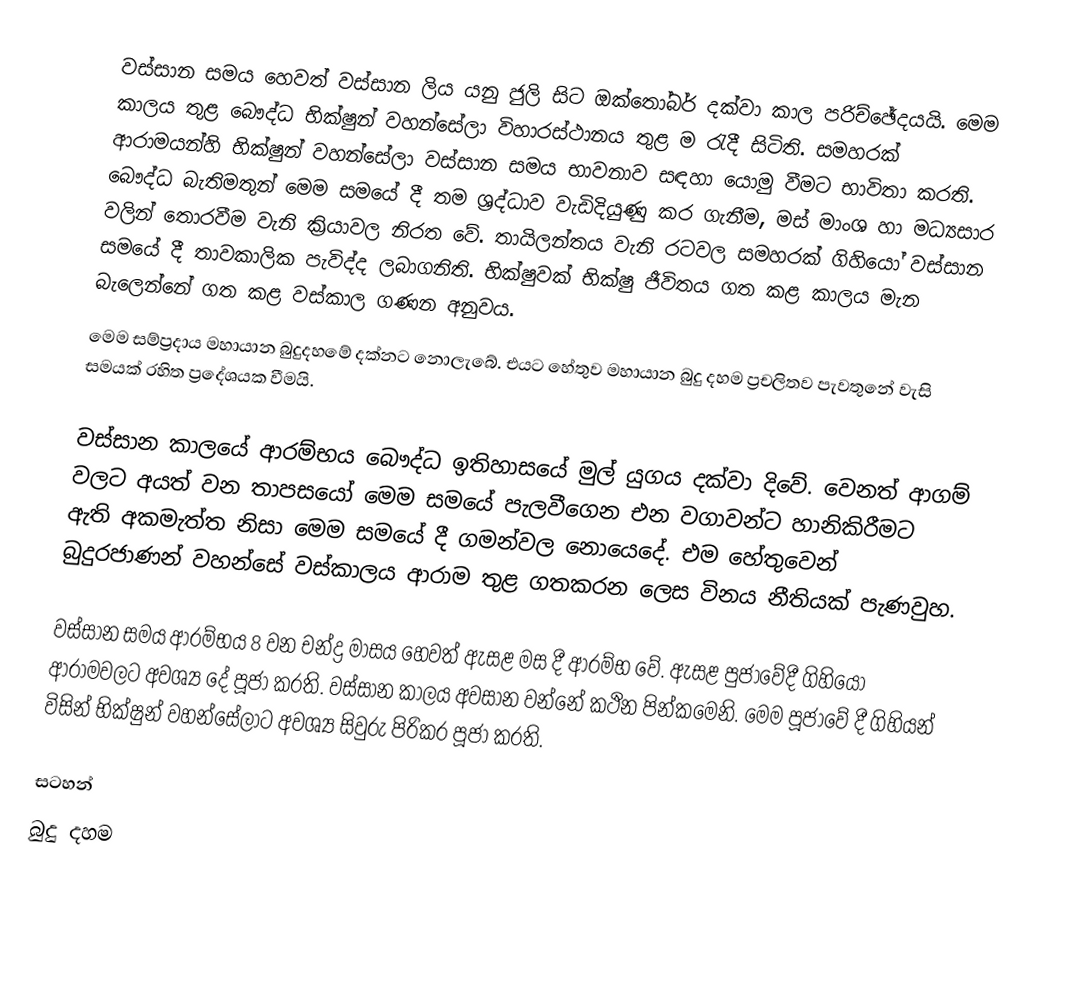
වස්සාන සමය හෙවත් වස්සාන ලිය යනු ජුලි සිට ඔක්තෝබර් දක්වා කාල පරිච්‍ඡේදයයි.  මෙම කාලය තුළ බෞද්ධ භික්ෂුන් වහන්සේලා විහාරස්ථානය තුළ ම රැදී සිටිති. සමහරක් ආරාමයන්හි භික්ෂුන් වහන්සේලා වස්සාන සමය භාවනාව සඳහා ‍යොමු වීමට භාවිතා කරති. බෞද්ධ බැතිමතුන් මෙම සමයේ දී  තම ශ්‍රද්ධාව වැඩිදියුණු  කර ගැනීම, මස් මාංශ හා මධ්‍යසාර වලින් තොරවීම වැනි ක්‍රියාවල නිරත වේ.  තායිලන්ත‍ය වැනි රටවල සමහරක් ගිහියෝ වස්සාන සමයේ දී තාවකාලික පැවිද්ද ලබාගනිති. භික්ෂුවක් භික්ෂු ජීවිතය ගත කළ කාලය මැන බැලෙන්නේ ගත කළ වස්කාල ගණන අනුවය.
මෙම සම්ප්‍රදාය  මහායාන බුදුදහමේ දක්නට නොලැබේ. එයට හේතුව මහායාන බුදු දහම ප්‍රචලිතව ‍පැවතුනේ වැසි සමයක් රහිත ප්‍රදේශයක වීමයි.

වස්සාන කාලයේ ආරම්භය බෞද්ධ ඉතිහාසයේ මුල් යුගය දක්වා දිවේ. වෙනත් ආගම් වලට අයත් වන තාපසයෝ මෙම සමයේ පැලවීගෙන එන වගාවන්ට හානිකිරීමට  ඇති අකමැත්ත නිසා මෙම සමයේ දී ගමන්වල නොයෙදේ. එම හේතුවෙන් බුදුරජාණන් වහන්සේ වස්කාලය ආරාම තුළ ගතකරන ලෙස විනය නීතියක් පැණවුහ.

වස්සාන  සමය ආරම්භය 8 වන චන්ද්‍ර මාසය හෙවත් ඇසළ මස දී ආරම්භ වේ. ඇසළ පුජාවේදී ගිහියෝ ආරාමවලට අවශ්‍ය දේ පූජා කරති. වස්සාන කාලය අවසාන වන්නේ කථින පින්කමෙනි. මෙම පූජාවේ දී ගිහියන් විසින් භික්ෂුන් වහන්සේලාට අවශ්‍ය සිවුරු පිරිකර පූජා කරති.

සටහන්
බුදු දහම